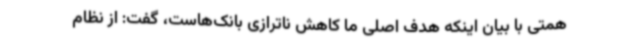
همتی با بیان اینکه هدف اصلی ما کاهش ناترازی بانک‌هاست، گفت: از نظام